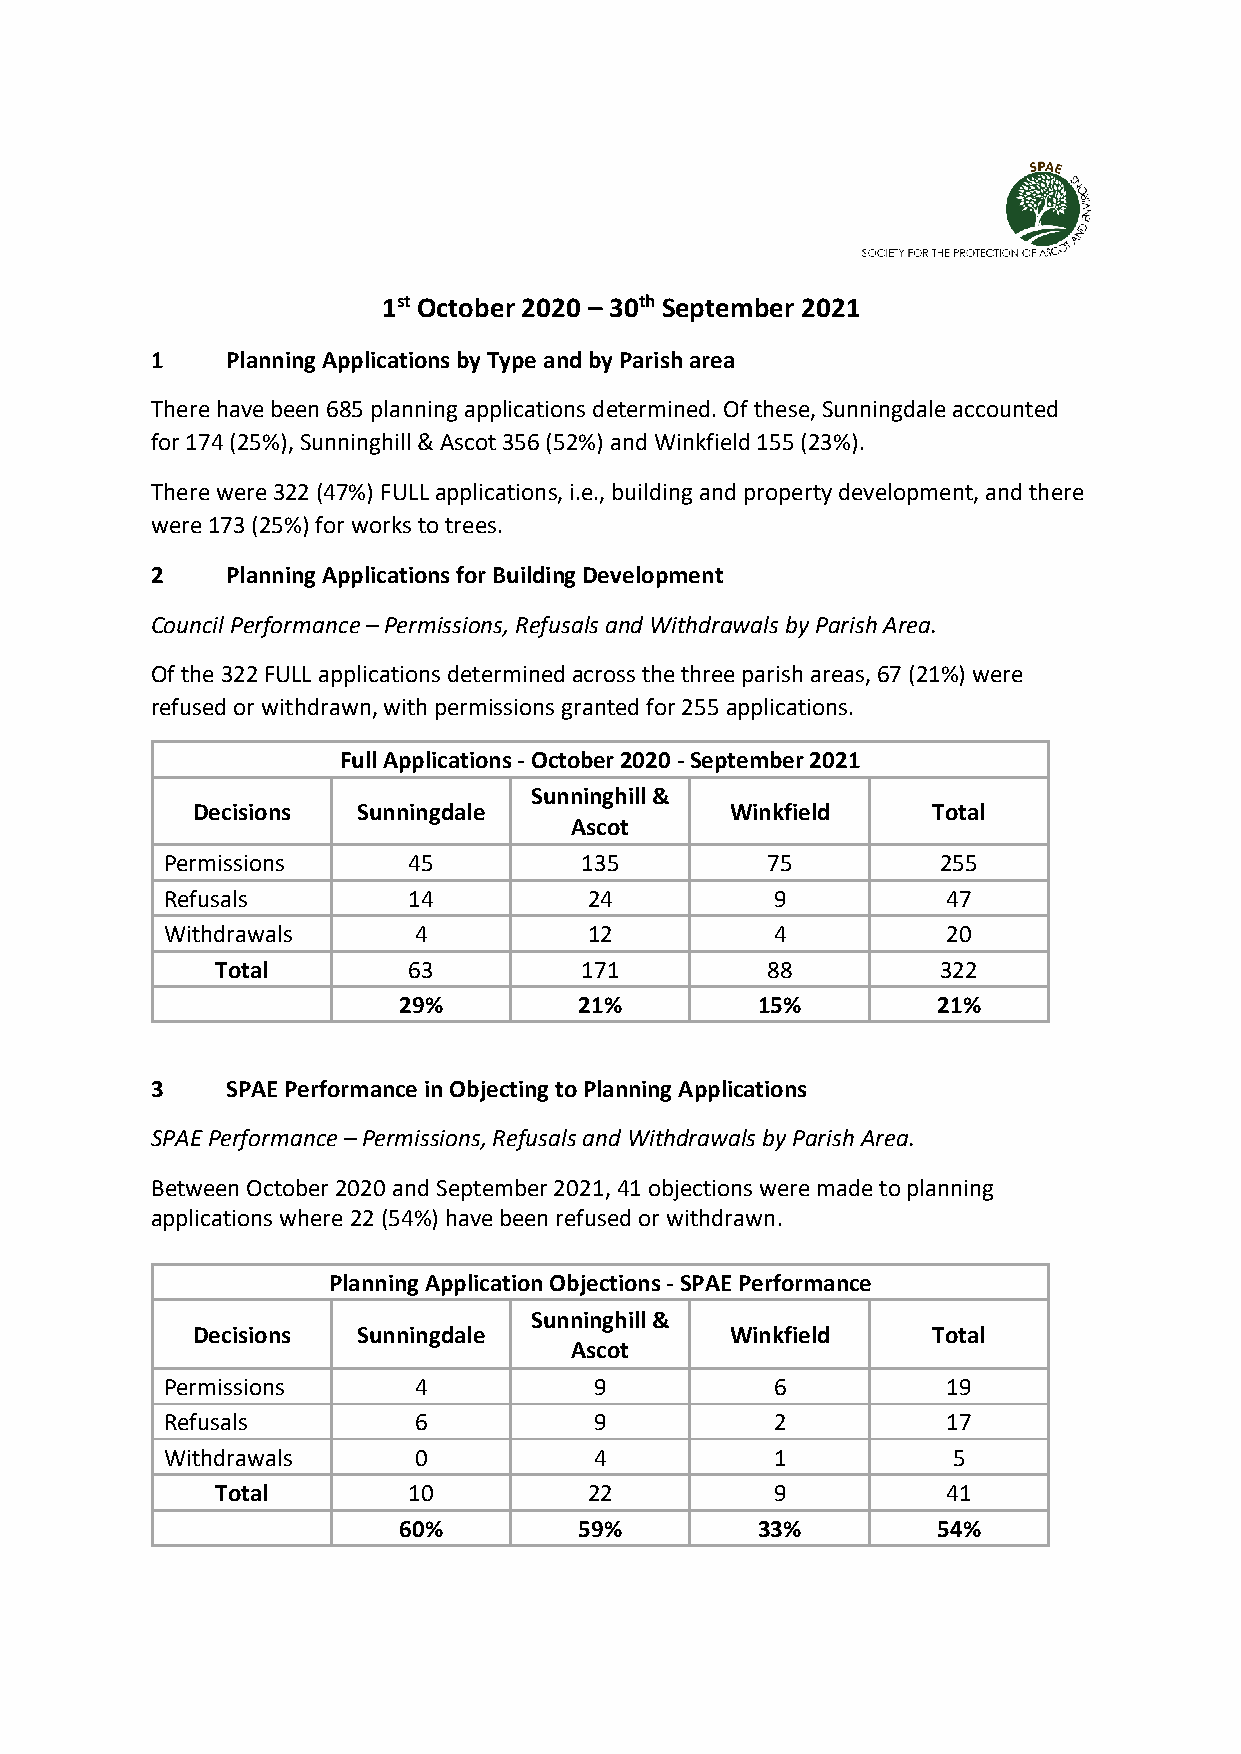
1st October 2020 – 30th September 2021
 1    Planning Applications by Type and by Parish area
 There have been 685 planning applications determined. Of these, Sunningdale accounted
 for 174 (25%), Sunninghill & Ascot 356 (52%) and Winkfield 155 (23%).
 There were 322 (47%) FULL applications, i.e., building and property development, and there
 were 173 (25%) for works to trees.
 2    Planning Applications for Building Development
 Council Performance – Permissions, Refusals and Withdrawals by Parish Area.
 Of the 322 FULL applications determined across the three parish areas, 67 (21%) were
 refused or withdrawn, with permissions granted for 255 applications.
 Full Applications - October 2020 - September 2021
 Sunninghill &
 Decisions  Sunningdale             Winkfield     Total
 Ascot
 Permissions     45         135          75         255
 Refusals        14          24          9           47
 Withdrawals     4           12          4           20
 Total        63         171          88         322
 29%         21%         15%         21%
 3    SPAE Performance in Objecting to Planning Applications
 SPAE Performance – Permissions, Refusals and Withdrawals by Parish Area.
 Between October 2020 and September 2021, 41 objections were made to planning
 applications where 22 (54%) have been refused or withdrawn.
 Planning Application Objections - SPAE Performance
 Sunninghill &
 Decisions  Sunningdale             Winkfield     Total
 Ascot
 Permissions     4           9           6           19
 Refusals        6           9           2           17
 Withdrawals     0           4           1           5
 Total        10          22          9           41
 60%         59%         33%         54%